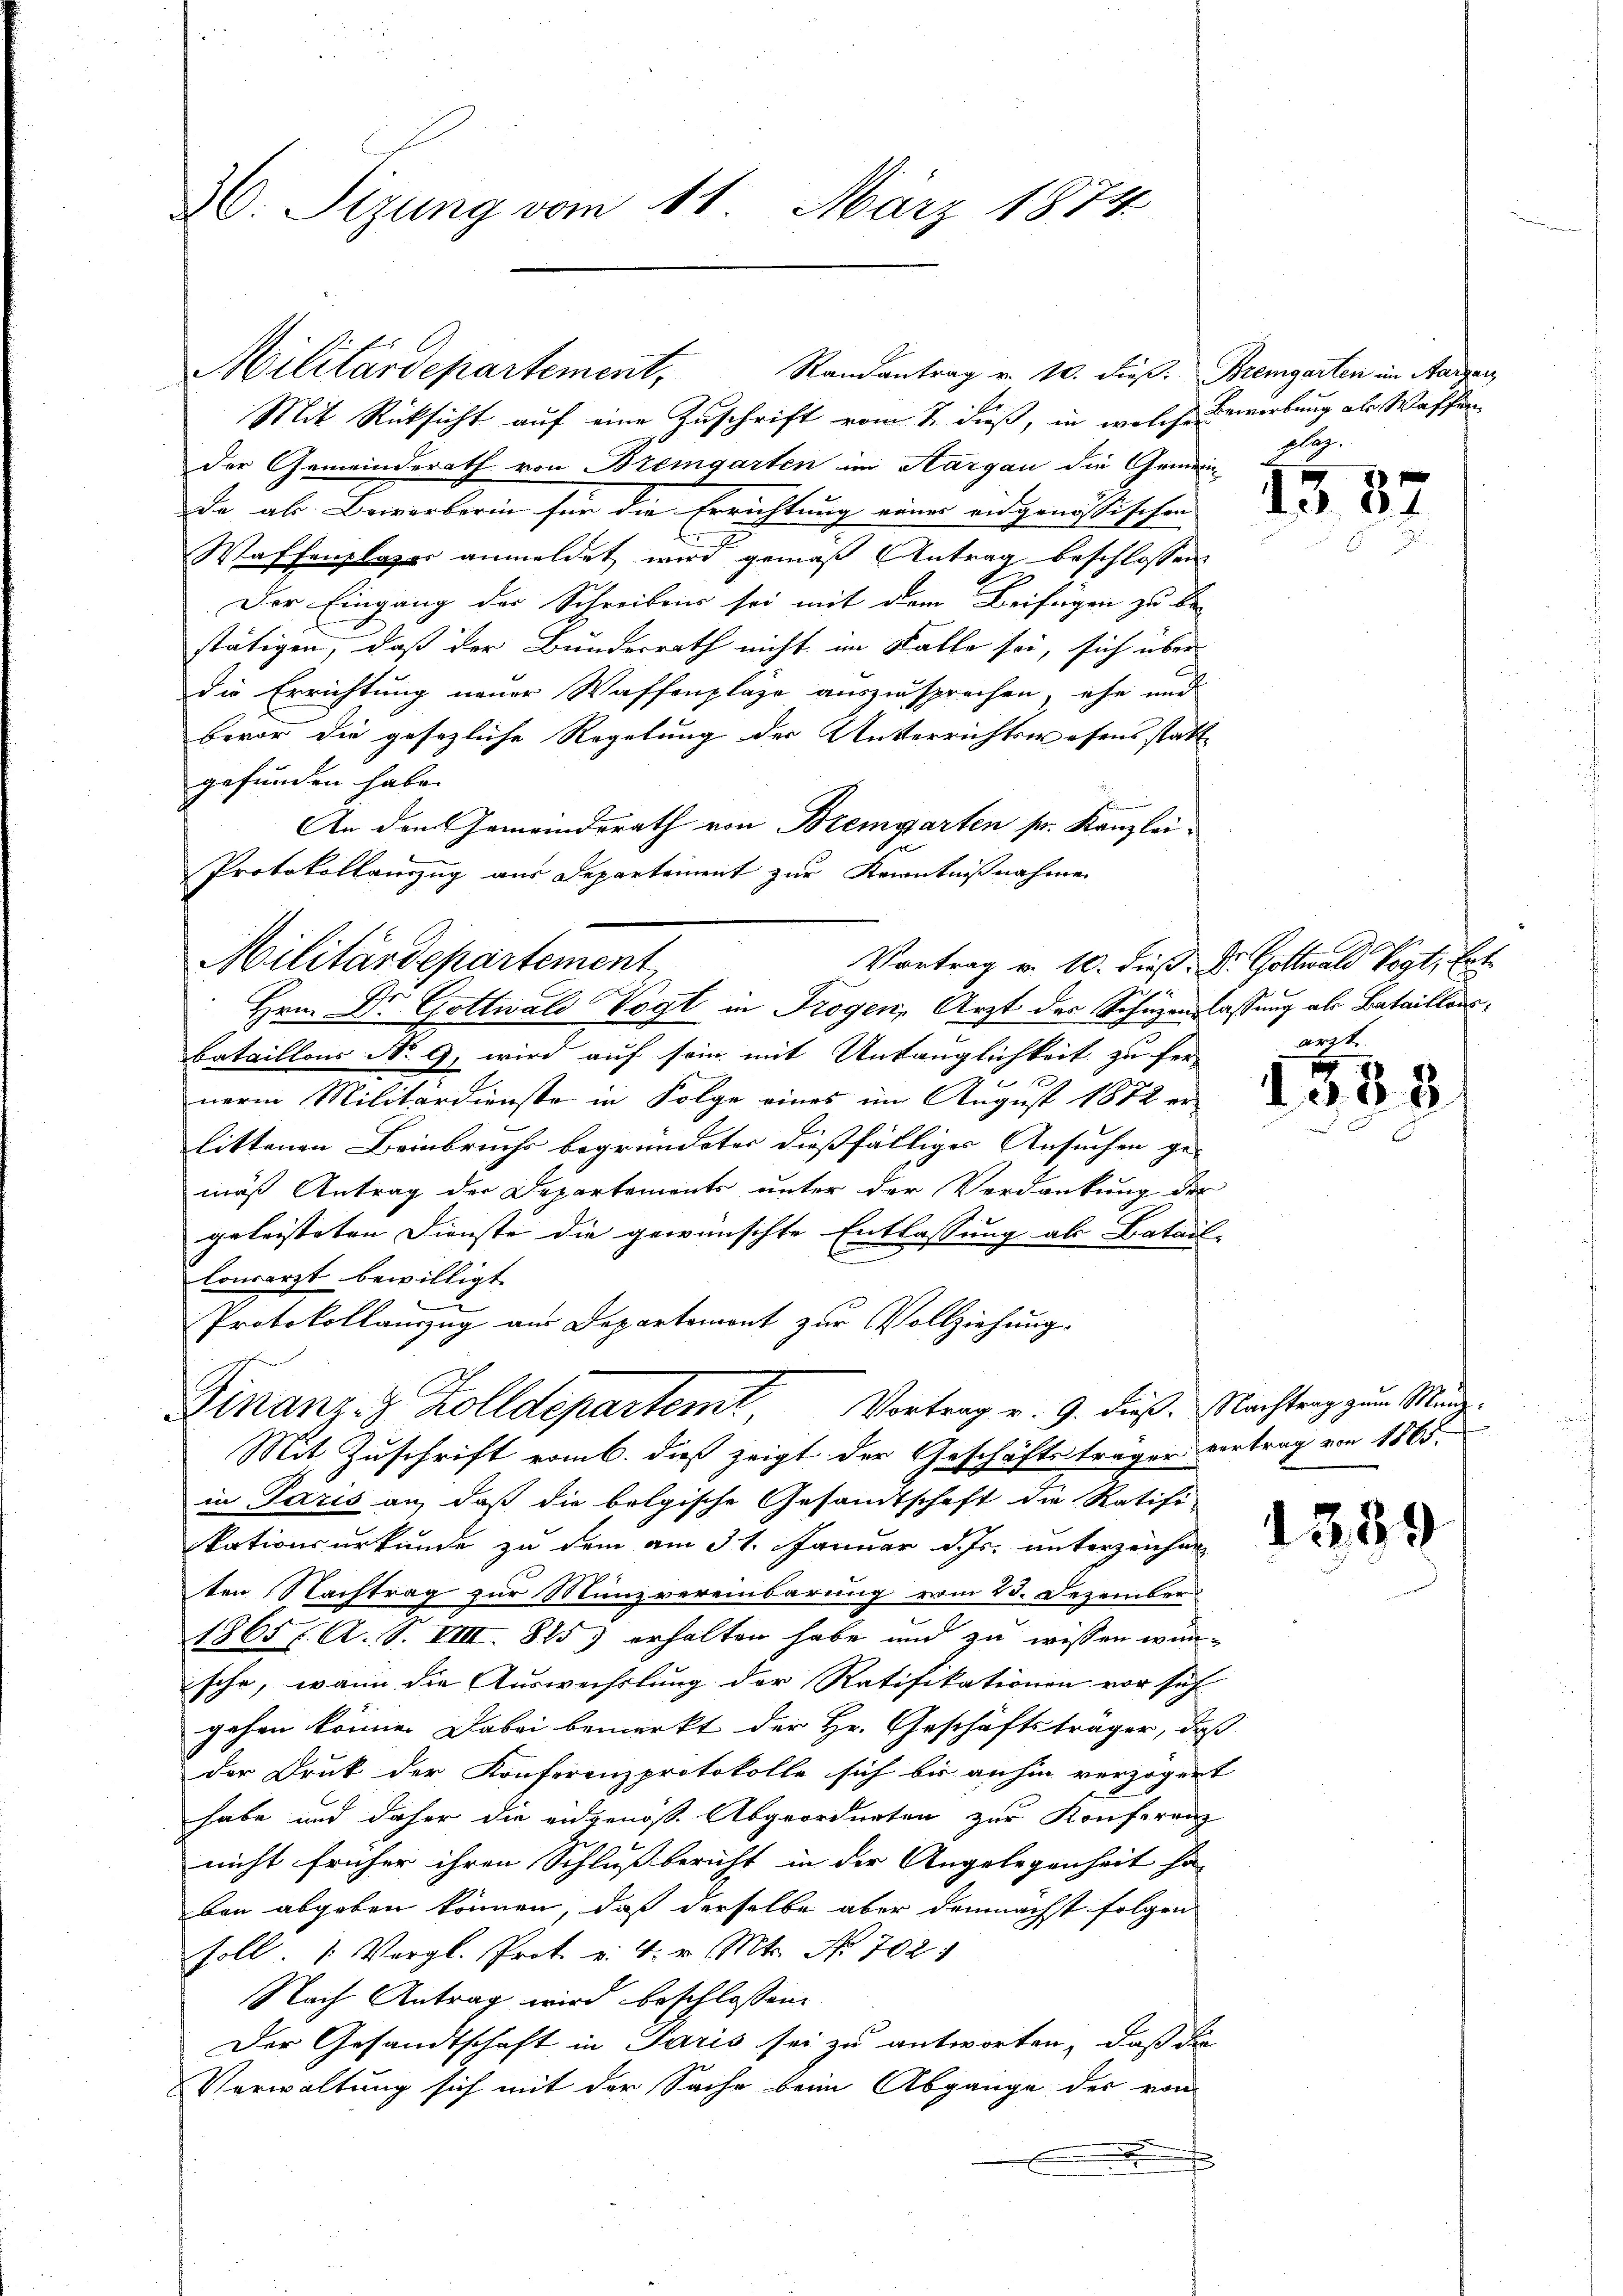
3. Sizung vom 11. März 1874

Mit Rücksicht auf eine Zuschrift vom 7. dieß, in welche Bewerbung als Waffen
der Gemeinderath von Bremgarten im Aargau die Gemein-
de ab. Bewerberin für die Errichtung einer eidgenössischen
Waffenplazer anmeldet wird gemäß Antrag beschlossen
Der Eingang der Schreibens sei mit dem Beifügen zu be-
stätigen, daß der Bundesrath nicht im Falle sei, sich über
die Errichtung neuer Waffenplaze auszusprechen, ehe und
bevor die gesezliche Regelung der Unterrichtswesens statt
gefunden habe.
An dem Gemeinderath von Bremgarten sr. Kanzlei¬
Protokollauszug aus Departement zur Kenntnißnahme

Militärdepartement,

Randantrag v. 10. dieß. Bremgarten im Aargau

Militärdepartement

Hrn. Dr. Gottwald Vogt in Trogen, Arzt der Schüzenlassung als Bataillons
bataillons No. 9, wird auf sein mit Untänglichkeit zu fer-
neren Militärdienste in Folge eines im August 1872 er-
littenen Beinbruche begründeter dießfälliger Ansuchen ge-
mäß Antrag der Departements unter der Verdankung der
geleisteten Dienste die gewünschte Entlassung als Batail-
lowrarzt bewilligt.
Protokollauszug aus Departement zur Vollziehung.

Finanz- & Zolldepartemt Vortrag v. 9. dies

plaz.

Mit Zuschrift vom b. dieß zeigt der Geschäftsträger vertrag von 1865.
in Paris an, daß die belgische Gesamtschaft die Ratifi-
kationsurkunde zu dem am 31. Januar d. Js. unterzeichne
ten Nachtrag zur Münzvereinbarung vom 23. Dezember
1865 f. A. S. VIII. 885) erhalten habe und zu wissen wan-
ische, wenn die Auswechslung der Ratifikationen vor sich
gehen könne. Dabei bemerkt der Hr. Geschäftsträger, daß
der Druk der Konferenzprotokolle sich bis anhin verzögert
habe und daher die eidgenöß. Abgeordneten zur Konferenz
nicht früher ihren Schlußbericht in der Angelegenheit ha
ben abgeben können, daß derselbe aber demnächst folgen
soll. |: Vergl. Prot. v. 4. v. Mts. No. 7021
Nach Antrag wird beschlossen
Der Gesandtschaft in Paris sei zu antworten, daß die
Verwaltung sich mit der Sache beim Abgange der von

1387

Vortrag v. 10. dieß. Dr. Gottwald Vogt. Ent

1553

Nachtrag zum Mund¬

1339